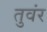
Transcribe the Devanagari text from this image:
तुवंर